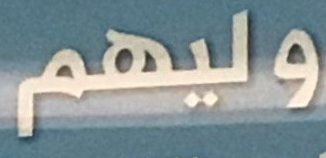
وليهم